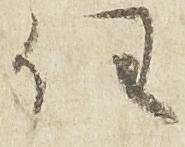
任